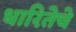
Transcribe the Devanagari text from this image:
धारितेचे